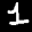
Label: 1